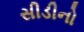
સીડીનો